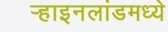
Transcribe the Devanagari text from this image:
र्‍हाइनलांडमध्ये